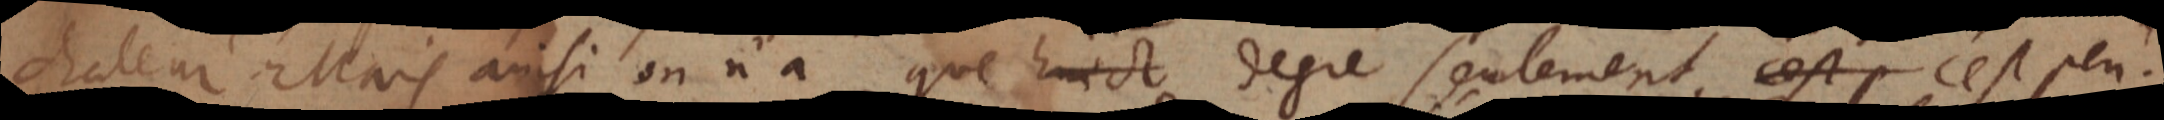
chaleur. Mais ainsi on n’a que huict degrés seulement, c’est p c’est peu.